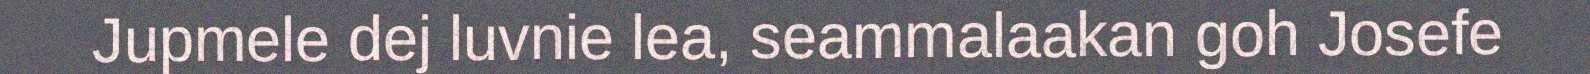
Jupmele dej luvnie lea, seammalaakan goh Josefe